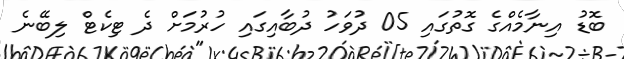
ބޮޑު އިނާމެއްގެ ގޮތުގައި 05 ދުވަހު ދުބާއިގައި ހުރުމަށް ދެ ޓިކެޓް ލިބޭނެ